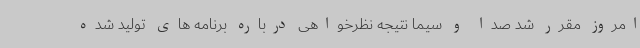
امروز مقرر شد صدا و سیما نتیجه نظرخواهی درباره برنامه های تولید شده